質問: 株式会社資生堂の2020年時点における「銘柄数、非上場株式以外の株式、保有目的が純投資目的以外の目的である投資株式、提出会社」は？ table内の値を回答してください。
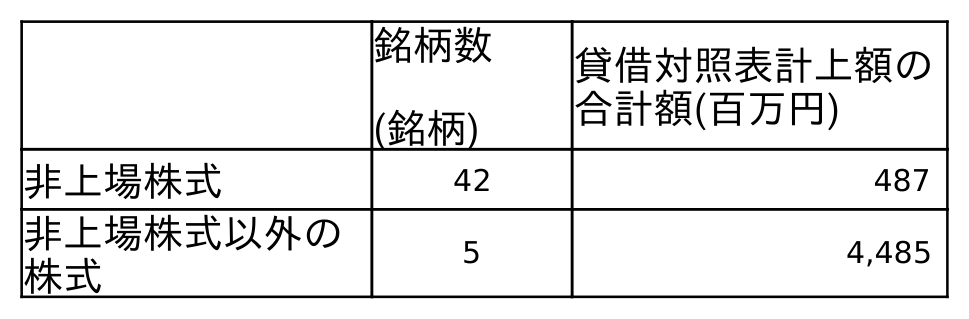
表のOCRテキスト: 銘柄数 (銘柄) 貸借対照表計上額の 合計額(百万円) 非上場株式 42 487 非上場株式以外の 株式 5 4,485
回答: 5